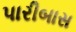
પારીબાસ